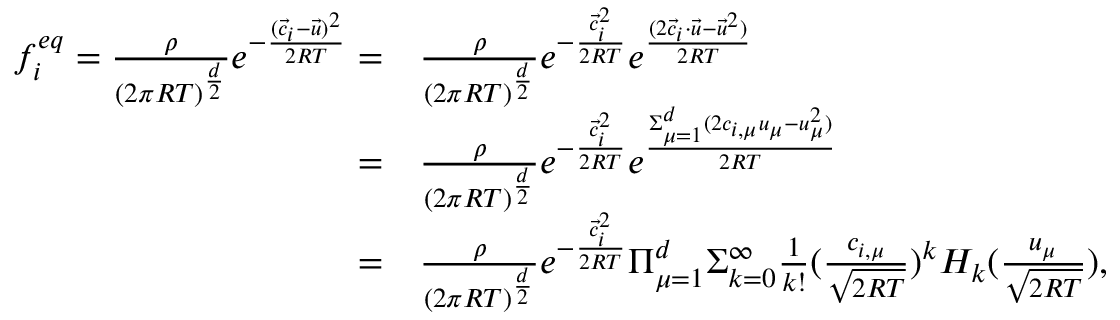
\begin{array} { r l } { f _ { i } ^ { e q } = \frac { \rho } { ( 2 \pi R T ) ^ { \frac { d } { 2 } } } e ^ { - \frac { ( \Vec { c } _ { i } - \Vec { u } ) ^ { 2 } } { 2 R T } } = } & { \frac { \rho } { ( 2 \pi R T ) ^ { \frac { d } { 2 } } } e ^ { - \frac { \Vec { c } _ { i } ^ { 2 } } { 2 R T } } e ^ { \frac { ( 2 \Vec { c } _ { i } \cdot \Vec { u } - \Vec { u } ^ { 2 } ) } { 2 R T } } } \\ { = } & { \frac { \rho } { ( 2 \pi R T ) ^ { \frac { d } { 2 } } } e ^ { - \frac { \Vec { c } _ { i } ^ { 2 } } { 2 R T } } e ^ { \frac { \Sigma _ { \mu = 1 } ^ { d } ( 2 c _ { i , \mu } u _ { \mu } - { u } _ { \mu } ^ { 2 } ) } { 2 R T } } } \\ { = } & { \frac { \rho } { ( 2 \pi R T ) ^ { \frac { d } { 2 } } } e ^ { - \frac { \Vec { c } _ { i } ^ { 2 } } { 2 R T } } \Pi _ { \mu = 1 } ^ { d } \Sigma _ { k = 0 } ^ { \infty } \frac { 1 } { k ! } ( \frac { c _ { i , \mu } } { \sqrt { 2 R T } } ) ^ { k } H _ { k } ( \frac { u _ { \mu } } { \sqrt { 2 R T } } ) , } \end{array}